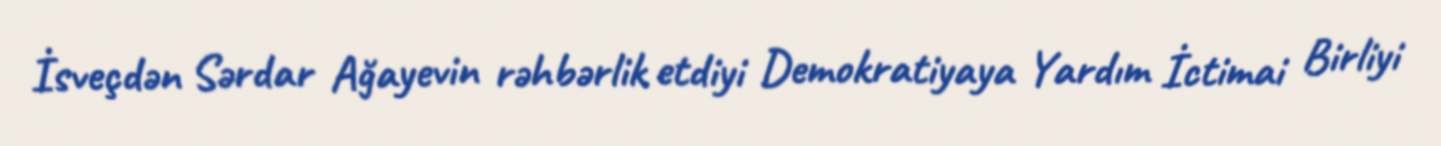
İsveçdən Sərdar Ağayevin rəhbərlik etdiyi Demokratiyaya Yardım İctimai Birliyi